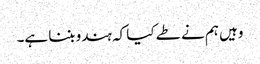
وہیں ہم نے طے کیا کہ ہندو بننا ہے۔